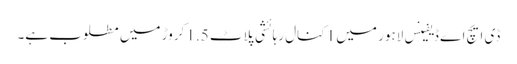
ڈی ایچ اے ڈیفینس لاہور میں 1 کنال رہائشی پلاٹ 1.5 کروڑ میں مطلوب ہے۔